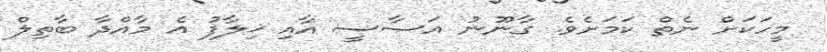
މީހަކަށް ނެތް ކަމަށެވެ. ގާނޫނު އަސާސީ އާއި ޚިލާފު އެ މާއްދާ ބާތިލް